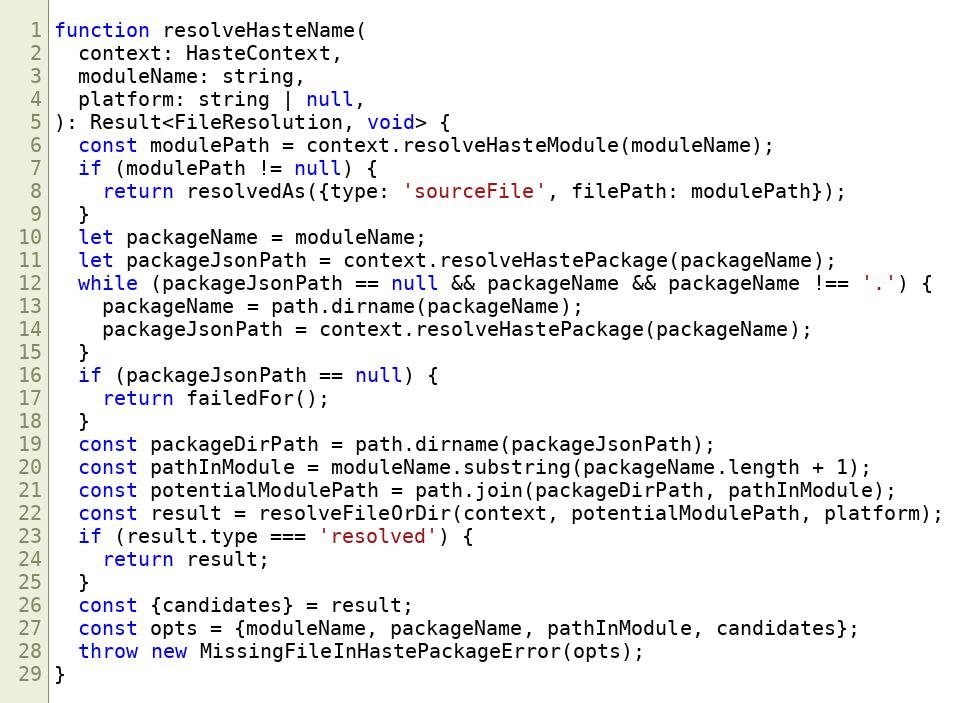
Language: JavaScript
function resolveHasteName(
  context: HasteContext,
  moduleName: string,
  platform: string | null,
): Result<FileResolution, void> {
  const modulePath = context.resolveHasteModule(moduleName);
  if (modulePath != null) {
    return resolvedAs({type: 'sourceFile', filePath: modulePath});
  }
  let packageName = moduleName;
  let packageJsonPath = context.resolveHastePackage(packageName);
  while (packageJsonPath == null && packageName && packageName !== '.') {
    packageName = path.dirname(packageName);
    packageJsonPath = context.resolveHastePackage(packageName);
  }
  if (packageJsonPath == null) {
    return failedFor();
  }
  const packageDirPath = path.dirname(packageJsonPath);
  const pathInModule = moduleName.substring(packageName.length + 1);
  const potentialModulePath = path.join(packageDirPath, pathInModule);
  const result = resolveFileOrDir(context, potentialModulePath, platform);
  if (result.type === 'resolved') {
    return result;
  }
  const {candidates} = result;
  const opts = {moduleName, packageName, pathInModule, candidates};
  throw new MissingFileInHastePackageError(opts);
}